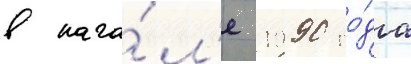
в нача́л'е 1990 го́да